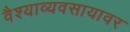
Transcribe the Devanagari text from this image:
वैश्याव्यवसायावर